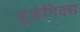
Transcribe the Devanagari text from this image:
यूजेनिक्स